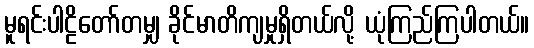
မူရင်းပါဠိတော်တမျှ ခိုင်မာတိကျမှုရှိတယ်လို့ ယုံကြည်ကြပါတယ်။